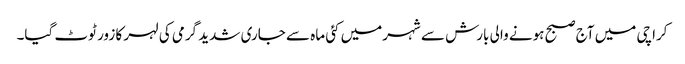
کراچی میں آج صبح ہونے والی بارش سے شہرمیں کئی ماہ سے جاری شدید گرمی کی لہر کا زور ٹوٹ گیا۔